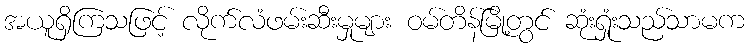
အယူရှိကြသဖြင့် လိုက်လံဖမ်းဆီးမှုများ ဝမ်တိန်မြို့တွင် ဆုံးရှုံးသည်သာမက